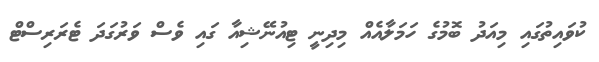
ކުވައިތުގައި މިއަދު ބޮމުގެ ހަމަލާއެއް މިދިނީ ޓިއުނޭޝިއާ ގައި ވެސް ވަރުގަދަ ޓެރަރިސްޓް